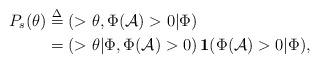
LaTeX: \begin{align*} P_s(\theta)&\overset{\Delta}{=}\left(>\theta, \Phi(\mathcal{A})>0|\Phi \right)\\ &=\left(>\theta|\Phi,\Phi(\mathcal{A})>0 \right)\mathbf{1}(\Phi(\mathcal{A})>0|\Phi),\end{align*}